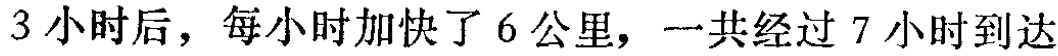
3小时后，每小时加快了6公里，一共经过7小时到达